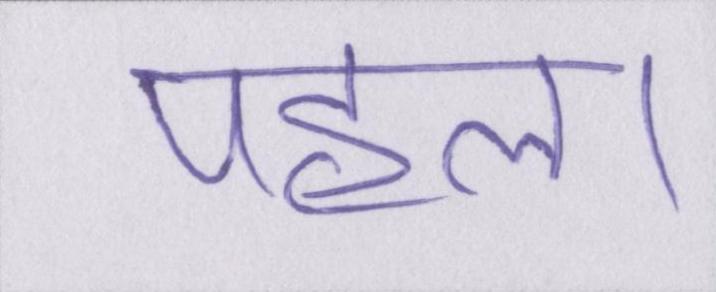
पहल।